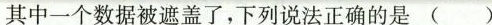
其中一个数据被遮盖了，下列说法正确的是 ( )